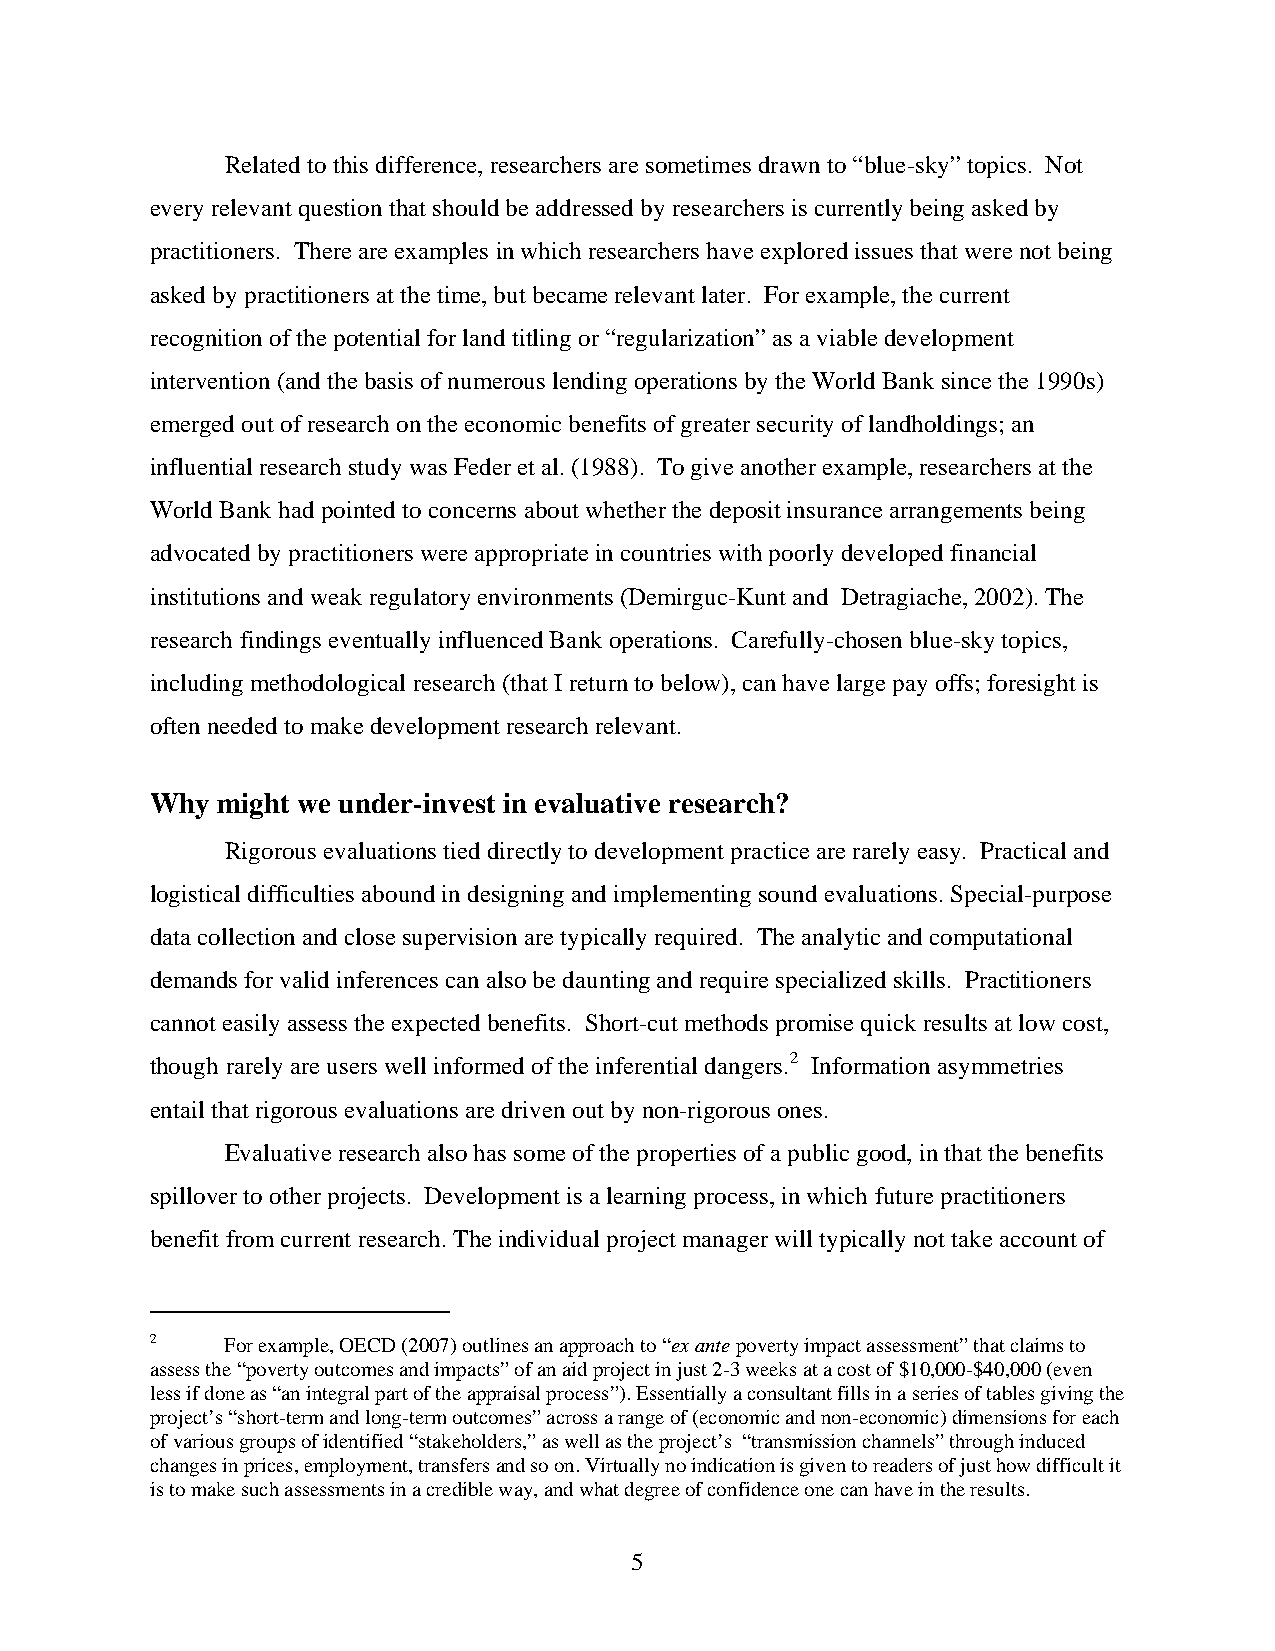
Related to this difference, researchers are sometimes drawn to “blue-sky” topics. Not
 every relevant question that should be addressed by researchers is currently being asked by
 practitioners. There are examples in which researchers have explored issues that were not being
 asked by practitioners at the time, but became relevant later. For example, the current
 recognition of the potential for land titling or “regularization” as a viable development
 intervention (and the basis of numerous lending operations by the World Bank since the 1990s)
 emerged out of research on the economic benefits of greater security of landholdings; an
 influential research study was Feder et al. (1988). To give another example, researchers at the
 World Bank had pointed to concerns about whether the deposit insurance arrangements being
 advocated by practitioners were appropriate in countries with poorly developed financial
 institutions and weak regulatory environments (Demirguc-Kunt and Detragiache, 2002). The
 research findings eventually influenced Bank operations. Carefully-chosen blue-sky topics,
 including methodological research (that I return to below), can have large pay offs; foresight is
 often needed to make development research relevant.
 Why might we under-invest in evaluative research?
 Rigorous evaluations tied directly to development practice are rarely easy. Practical and
 logistical difficulties abound in designing and implementing sound evaluations. Special-purpose
 data collection and close supervision are typically required. The analytic and computational
 demands for valid inferences can also be daunting and require specialized skills. Practitioners
 cannot easily assess the expected benefits. Short-cut methods promise quick results at low cost,
 though rarely are users well informed of the inferential dangers.2 Information asymmetries
 entail that rigorous evaluations are driven out by non-rigorous ones.
 Evaluative research also has some of the properties of a public good, in that the benefits
 spillover to other projects. Development is a learning process, in which future practitioners
 benefit from current research. The individual project manager will typically not take account of
 2    For example, OECD (2007) outlines an approach to “ex ante poverty impact assessment” that claims to
 assess the “poverty outcomes and impacts” of an aid project in just 2-3 weeks at a cost of $10,000-$40,000 (even
 less if done as “an integral part of the appraisal process”). Essentially a consultant fills in a series of tables giving the
 project’s “short-term and long-term outcomes” across a range of (economic and non-economic) dimensions for each
 of various groups of identified “stakeholders,” as well as the project’s “transmission channels” through induced
 changes in prices, employment, transfers and so on. Virtually no indication is given to readers of just how difficult it
 is to make such assessments in a credible way, and what degree of confidence one can have in the results.
 5